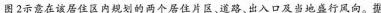
图2示意在该居住区内规划的两个居住片区、道路、出入口及当地盛行风向。据